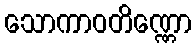
သောကာဝတိဏ္ဏော